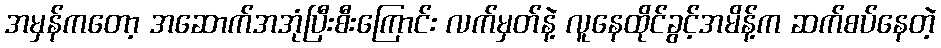
အမှန်ကတော့ အဆောက်အအုံပြီးစီးကြောင်း လက်မှတ်နဲ့ လူနေထိုင်ခွင့်အမိန့်က ဆက်စပ်နေတဲ့